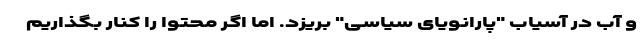
و آب در آسیاب "پارانویای سیاسی" بریزد. اما اگر محتوا را کنار بگذاریم